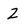
Character: 2